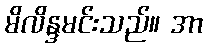
မိလိန္ဒမင်းသည်။ အာ